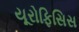
યૂરોફિસિસ